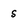
Character: s